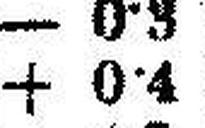
+ 0•4